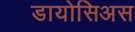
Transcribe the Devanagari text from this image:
डायोसिअस